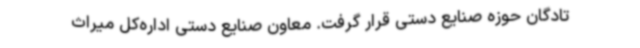
تادگان حوزه صنایع دستی قرار گرفت. معاون صنایع دستی اداره‌کل میراث